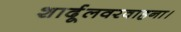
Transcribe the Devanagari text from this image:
शार्दूलवरवाहना।